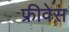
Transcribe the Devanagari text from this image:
फ्रीवेस